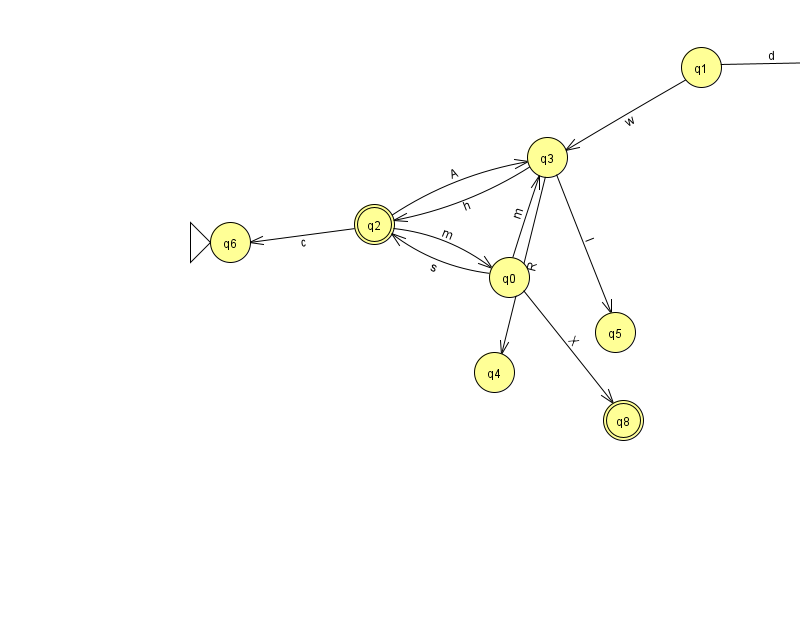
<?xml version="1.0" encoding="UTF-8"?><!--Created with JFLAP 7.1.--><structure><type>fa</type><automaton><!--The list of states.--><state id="0" name="q0"><x>509.0</x><y>264.0</y></state><state id="1" name="q1"><x>701.0</x><y>54.0</y></state><state id="2" name="q2"><x>374.0</x><y>211.0</y><final/></state><state id="3" name="q3"><x>547.0</x><y>144.0</y></state><state id="4" name="q4"><x>494.0</x><y>359.0</y></state><state id="5" name="q5"><x>615.0</x><y>319.0</y></state><state id="6" name="q6"><x>230.0</x><y>229.0</y><initial/></state><state id="7" name="q7"><x>844.0</x><y>50.0</y></state><state id="8" name="q8"><x>623.0</x><y>407.0</y><final/></state><!--The list of transitions.--><transition><from>2</from><to>3</to><read>A</read></transition><transition><from>3</from><to>5</to><read>l</read></transition><transition><from>2</from><to>6</to><read>c</read></transition><transition><from>0</from><to>2</to><read>s</read></transition><transition><from>3</from><to>4</to><read>R</read></transition><transition><from>0</from><to>8</to><read>X</read></transition><transition><from>2</from><to>0</to><read>m</read></transition><transition><from>0</from><to>3</to><read>m</read></transition><transition><from>3</from><to>2</to><read>h</read></transition><transition><from>1</from><to>7</to><read>d</read></transition><transition><from>1</from><to>3</to><read>w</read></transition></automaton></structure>